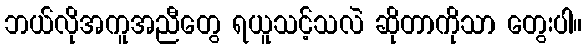
ဘယ်လိုအကူအညီတွေ ရယူသင့်သလဲ ဆိုတာကိုသာ တွေးပါ။